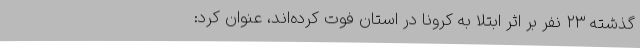
گذشته ۲۳ نفر بر اثر ابتلا به کرونا در استان فوت کرده‌اند، عنوان کرد: